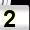
Digit: 2